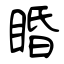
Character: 睧